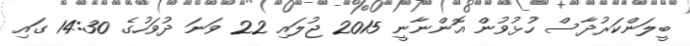
ބީލަންކަރުދާސް ހުޅުވުން އޮންނާނީ 2015 ޖުލައި 22 ވަނަ ދުވަހުގެ 14:30 ގައި